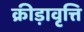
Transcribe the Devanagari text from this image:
क्रीड़ावृत्ति